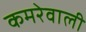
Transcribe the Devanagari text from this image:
कमरेवाली